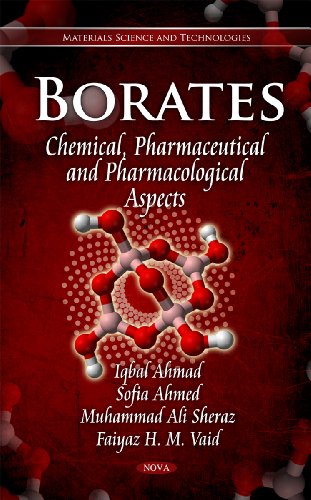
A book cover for Borates: Chemical, Pharmaceutical and Pharmacological Aspects (Materials Science and Technologies); Iqbal Ahmad; Engineering & Transportation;